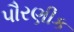
પૌરણીક